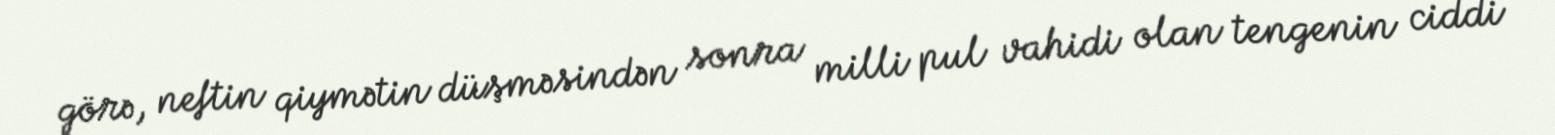
görə, neftin qiymətin düşməsindən sonra milli pul vahidi olan tengenin ciddi